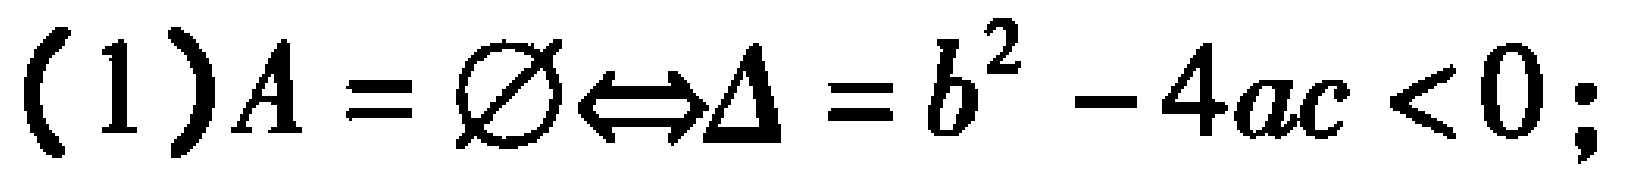
(1) \(A = \varnothing\Leftrightarrow\Delta = b^{2}-4ac < 0;\)